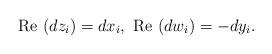
LaTeX: \begin{align*} \textrm{Re }(dz_i)=dx_i, \ \textrm{Re }(dw_i)= -dy_i.\end{align*}